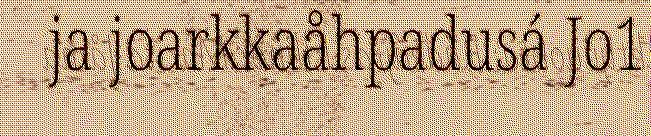
ja joarkkaåhpadusá Jo1